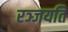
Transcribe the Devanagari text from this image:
रञ्जयति